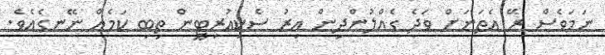
ނަމަވެސް ރޭ އެތަނަށް ވަދެ ގެއްލުންދިން އިރު ސެކިއުރިޓީން ތިބި ކަމެއް ނޭނގެއެވެ.